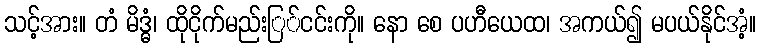
သင့်အား။ တံ မိဒ္ဓံ၊ ထိုငိုက်မည်းြ်ငင်းကို။ နော စေ ပဟီယေထ၊ အကယ်၍ မပယ်နိုင်အံ့။